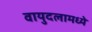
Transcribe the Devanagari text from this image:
वायुदलामध्ये